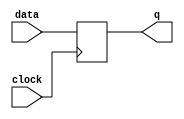
module level_sensitive_latch (
    input data,
    input clock,
    output reg q
);

always @(posedge clock) begin
    if (clock) begin
        q <= data;
    end
end

endmodule